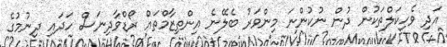
އަދި ވެހިކަލްތަކުން ދުން ނުކުންނަ މިންވަރު ބެލޭނެ އިންތިޒާމްތައް ރޯޑްވާދިނަސް ހަދައި ދިނުމުގެ